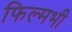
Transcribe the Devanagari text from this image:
फिल्मभी